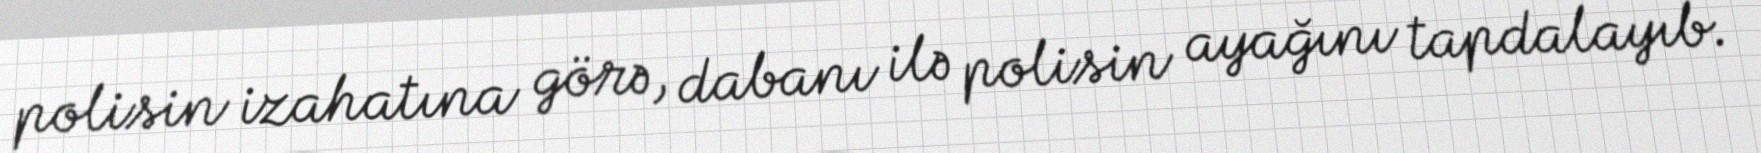
polisin izahatına görə, dabanı ilə polisin ayağını tapdalayıb.